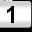
Digit: 1